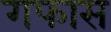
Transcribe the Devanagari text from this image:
गफास